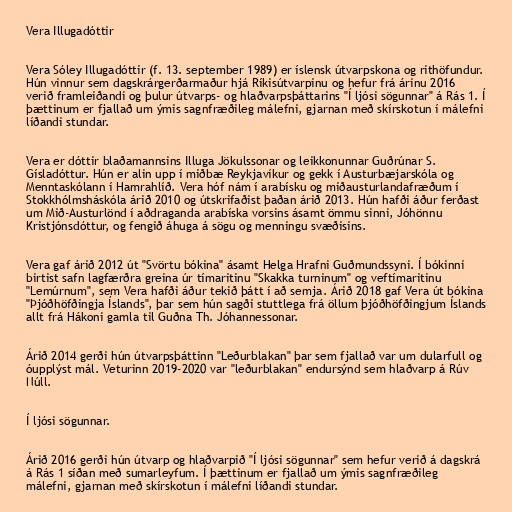
Vera Illugadóttir

Vera Sóley Illugadóttir (f. 13. september 1989) er íslensk útvarpskona og rithöfundur.
Hún vinnur sem dagskrárgerðarmaður hjá Ríkisútvarpinu og hefur frá árinu 2016
verið framleiðandi og þulur útvarps- og hlaðvarpsþáttarins "Í ljósi sögunnar" á Rás 1. Í
þættinum er fjallað um ýmis sagnfræðileg málefni, gjarnan með skírskotun í málefni
líðandi stundar.

Vera er dóttir blaðamannsins Illuga Jökulssonar og leikkonunnar Guðrúnar S.
Gísladóttur. Hún er alin upp í miðbæ Reykjavíkur og gekk í Austurbæjarskóla og
Menntaskólann í Hamrahlíð. Vera hóf nám í arabísku og miðausturlandafræðum í
Stokkhólmsháskóla árið 2010 og útskrifaðist þaðan árið 2013. Hún hafði áður ferðast
um Mið-Austurlönd í aðdraganda arabíska vorsins ásamt ömmu sinni, Jóhönnu
Kristjónsdóttur, og fengið áhuga á sögu og menningu svæðisins.

Vera gaf árið 2012 út "Svörtu bókina" ásamt Helga Hrafni Guðmundssyni. Í bókinni
birtist safn lagfærðra greina úr tímaritinu "Skakka turninum" og veftímaritinu
"Lemúrnum", sem Vera hafði áður tekið þátt í að semja. Árið 2018 gaf Vera út bókina
"Þjóðhöfðingja Íslands", þar sem hún sagði stuttlega frá öllum þjóðhöfðingjum Íslands
allt frá Hákoni gamla til Guðna Th. Jóhannessonar.

Árið 2014 gerði hún útvarpsþáttinn "Leðurblakan" þar sem fjallað var um dularfull og
óupplýst mál. Veturinn 2019-2020 var "leðurblakan" endursýnd sem hlaðvarp á Rúv
Núll.

Í ljósi sögunnar.

Árið 2016 gerði hún útvarp og hlaðvarpið "Í ljósi sögunnar" sem hefur verið á dagskrá
á Rás 1 síðan með sumarleyfum. Í þættinum er fjallað um ýmis sagnfræðileg
málefni, gjarnan með skírskotun í málefni líðandi stundar.